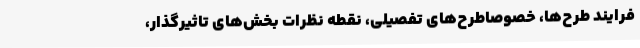
فرایند طرح‌ها، خصوصاطرح‌های تفصیلی، نقطه نظرات بخش‌های تاثیرگذار،